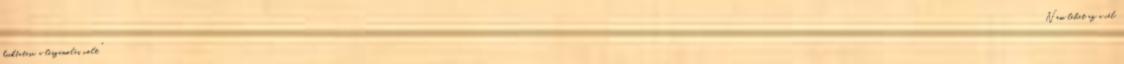
kiiktatása, a leszámolás volt. "Nem lehet az a cél,